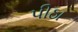
પીઠા